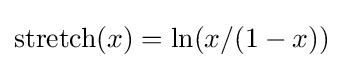
{\text{stretch}}(x)=\ln(x/(1-x))